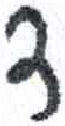
אות: ד